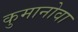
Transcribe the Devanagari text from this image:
कुमानोवा